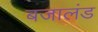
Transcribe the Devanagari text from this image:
बजालंड